Lunatic asylums Bombay report 1878-1890 - 1878-1890
Year: 1878
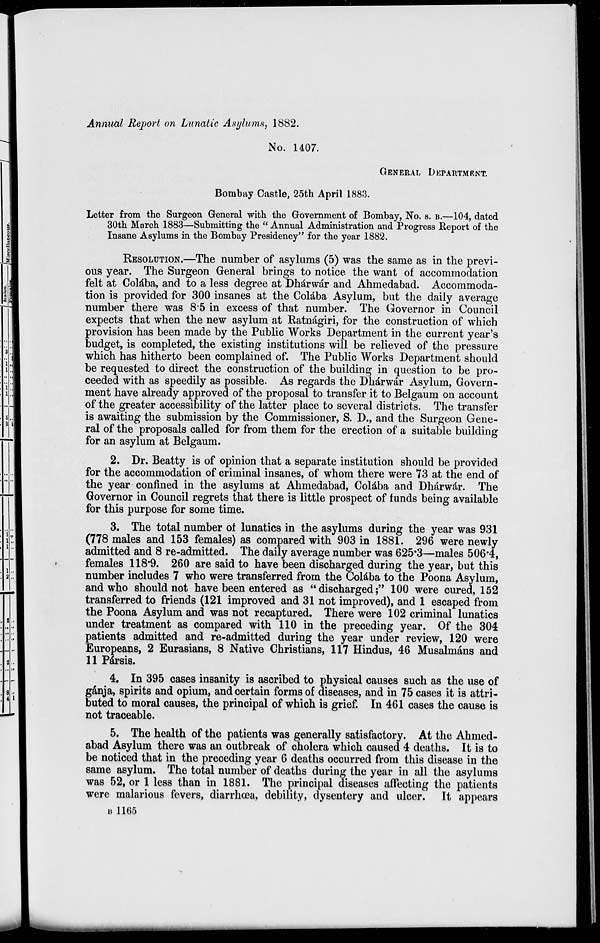
Annual Report on Lunatic Asylums, 1882.
No. 1407.
GENERAL DEPARTMENT.
Bombay Castle, 25th April 1883.
Letter from the Surgeon General with the Government of Bombay, No. S. B.—104, dated
30th March 1883—Submitting the " Annual Administration and Progress Report of the
Insane Asylums in the Bombay Presidency" for the year 1882.
RESOLUTION.—The number of asylums (5) was the same as in the previ-
ous year. The Surgeon General brings to notice the want of accommodation
felt at Colába, and to a less degree at Dhárwár and Ahmedabad. Accommoda-
tion is provided for 300 insanes at the Colába Asylum, but the daily average
number there was 8.5 in excess of that number. The Governor in Council
expects that when the new asylum at Ratnágiri, for the construction of which
provision has been made by the Public Works Department in the current year's
budget, is completed, the existing institutions will be relieved of the pressure
which has hitherto been complained of. The Public Works Department should
be requested to direct the construction of the building in question to be pro-
ceeded with as speedily as possible. As regards the Dhárwár Asylum, Govern-
ment have already approved of the proposal to transfer it to Belgaum on account
of the greater accessibility of the latter place to several districts. The transfer
is awaiting the submission by the Commissioner, S. D., and the Surgeon Gene-
ral of the proposals called for from them for the erection of a suitable building
for an asylum at Belgaum.
2. Dr. Beatty is of opinion that a separate institution should be provided
for the accommodation of criminal insanes, of whom there were 73 at the end of
the year confined in the asylums at Ahmedabad, Colába and Dhárwár. The
Governor in Council regrets that there is little prospect of funds being available
for this purpose for some time.
3. The total number of lunatics in the asylums during the year was 931
(778 males and 153 females) as compared with 903 in 1881. 296 were newly
admitted and 8 re-admitted. The daily average number was 625.3—males 506.4,
females 118.9. 260 are said to have been discharged during the year, but this
number includes 7 who were transferred from the Colába to the Poona Asylum,
and who should not have been entered as "discharged;" 100 were cured, 152
transferred to friends (121 improved and 31 not improved), and 1 escaped from
the Poona Asylum and was not recaptured. There were 102 criminal lunatics
under treatment as compared with 110 in the preceding year. Of the 304
patients admitted and re-admitted during the year under review, 120 were
Europeans, 2 Eurasians, 8 Native Christians, 117 Hindus, 46 Musalmáns and
11 Pársis.
4. In 395 cases insanity is ascribed to physical causes such as the use of
gánja, spirits and opium, and certain forms of diseases, and in 75 cases it is attri-
buted to moral causes, the principal of which is grief. In 461 cases the cause is
not traceable.
5. The health of the patients was generally satisfactory. At the Ahmed-
abad Asylum there was an outbreak of cholera which caused 4 deaths. It is to
be noticed that in the preceding year 6 deaths occurred from this disease in the
same asylum. The total number of deaths during the year in all the asylums
was 52, or 1 less than in 1881. The principal diseases affecting the patients
were malarious fevers, diarrhœa, debility, dysentery and ulcer. It appears
B 1165